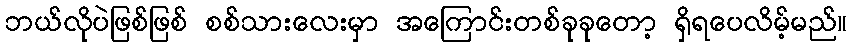
ဘယ်လိုပဲဖြစ်ဖြစ် စစ်သားလေးမှာ အကြောင်းတစ်ခုခုတော့ ရှိရပေလိမ့်မည်။